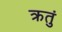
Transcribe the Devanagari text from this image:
क्रतुं